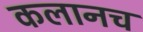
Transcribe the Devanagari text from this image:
कलानच